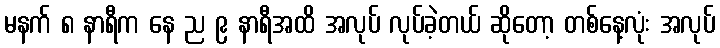
မနက် ၈ နာရီက နေ ည ၉ နာရီအထိ အလုပ် လုပ်ခဲ့တယ် ဆိုတော့ တစ်နေ့လုံး အလုပ်